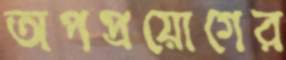
অপপ্রয়োগের